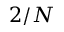
2 / N